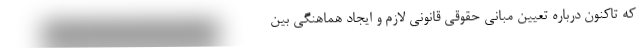
که تاکنون درباره تعیین مبانی حقوقی قانونی لازم و ایجاد هماهنگی بین